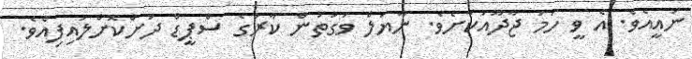
ނައީއެވެ. އެ ވީ ހަމަ ޖާދޫއަކަށެވެ. ނާޔަލް ވަގުތުން ކާރުގެ ސްޕީޑް ދަށްކޮށްލައިފިއެވެ.